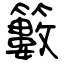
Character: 籔